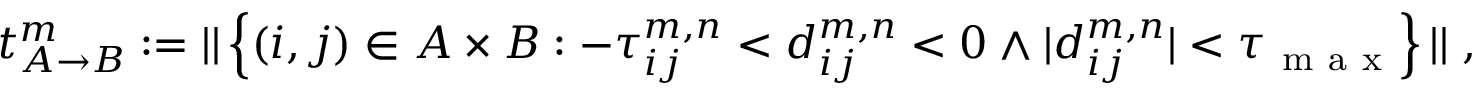
\begin{array} { r } { t _ { A \rightarrow B } ^ { m } : = \vert \vert \left\{ ( i , j ) \in A \times B : - \tau _ { i j } ^ { m , n } < d _ { i j } ^ { m , n } < 0 \wedge \vert d _ { i j } ^ { m , n } \vert < \tau _ { \mathrm { ~ m ~ a ~ x ~ } } \right\} \vert \vert \; , } \end{array}